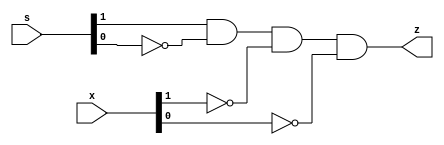
module omega(output z, input [1:2]s, input [1:2]x);

  assign
    z = s[1] & ~s[2] & ~x[1] & ~x[2];

endmodule